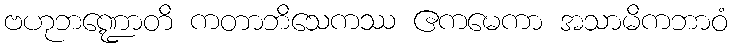
ဗဟုဘဏ္ဍောတိ ကတာဘိသေကဿ ဧကမေကာ အသာမိကဘာဝံ